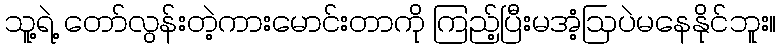
သူ့ရဲ့ တော်လွန်းတဲ့ကားမောင်းတာကို ကြည့်ပြီးမအံ့ဩပဲမနေနိုင်ဘူး။